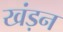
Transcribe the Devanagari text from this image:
खंड़न